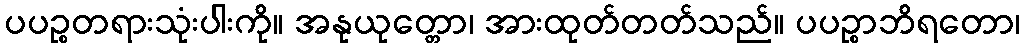
ပပဉ္စတရားသုံးပါးကို။ အနုယုတ္တော၊ အားထုတ်တတ်သည်။ ပပဉ္စာဘိရတော၊